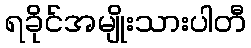
ရခိုင်အမျိုးသားပါတီ